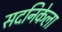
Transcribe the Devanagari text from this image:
सदनिकेला